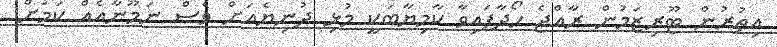
އިތުރުން ޓޫރިޒަމުން ރާއްޖެ ހޯދާފައިވާ ކާމިޔާބަކީ މުޅި ދުނިޔެއަށް ވެސް ނަމޫނާއެއް ކަމަށް